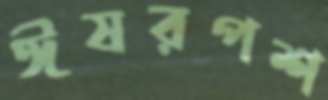
ঈষরপশ